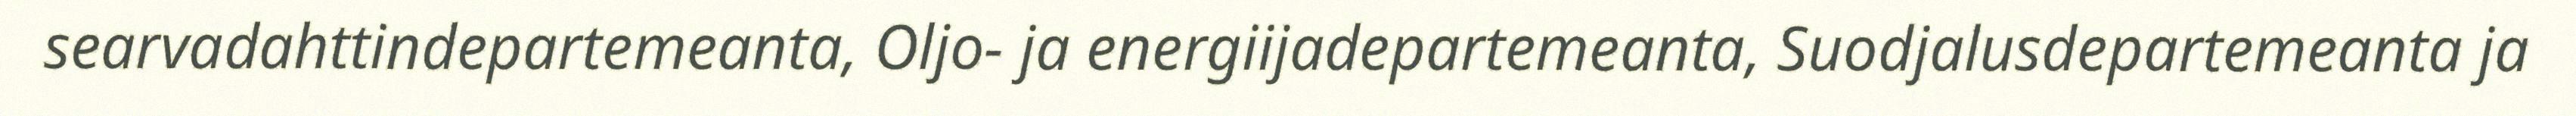
searvadahttindepartemeanta, Oljo- ja energiijadepartemeanta, Suodjalusdepartemeanta ja